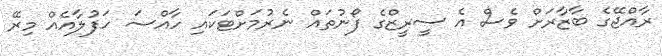
ރާއްޖޭގެ ބާޒާރަށް ވެސް އެ ސީރީޒްގެ ފޯނުތައް ނެރުމަށްޓަކައި ހާއްސަ ހަފުލާއެއް މިރޭ